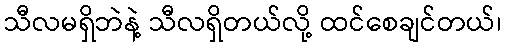
သီလမရှိဘဲနဲ့ သီလရှိတယ်လို့ ထင်စေချင်တယ်၊